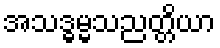
အသဒ္ဓမ္မသညတ္တိယာ